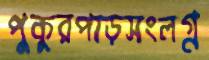
পুকুরপাড়সংলগ্ন